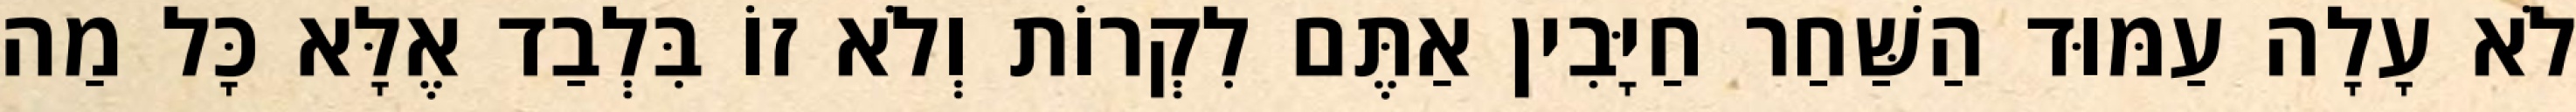
לֹא עָלָה עַמּוּד הַשַּׁחַר חַיָּבִין אַתֶּם לִקְרוֹת וְלֹא זוֹ בִּלְבַד אֶלָּא כָּל מַה